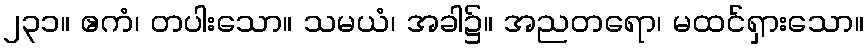
၂၃၁။ ဧကံ၊ တပါးသော။ သမယံ၊ အခါ၌။ အညတရော၊ မထင်ရှားသော။